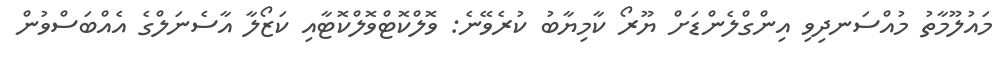
މައުލޫމާތު މުއްސަނދިވި އިންގްލެންޑަށް ޔޫރޯ ކާމިޔާބު ކުރެވޭނެ: ވޮލްކޮޓްވޮލްކޮޓާއި ކަޒޯލާ އާސެނަލްގެ އެއްބަސްވުން